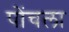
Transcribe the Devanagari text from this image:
पोंचला